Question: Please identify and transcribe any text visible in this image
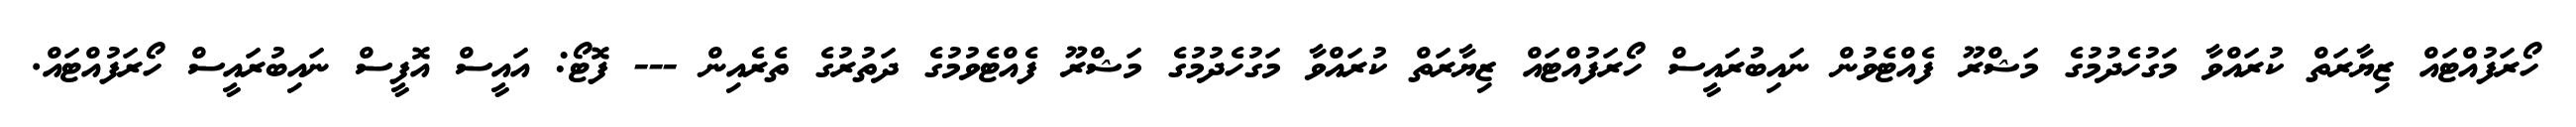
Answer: ހޯރަފުއްޓައް ޒިޔާރަތް ކުރައްވާ މަގުހެދުމުގެ މަޝްރޫ ފެއްޓެވުން ނައިބުރައީސް ހޯރަފުއްޓައް ޒިޔާރަތް ކުރައްވާ މަގުހެދުމުގެ މަޝްރޫ ފެއްޓެވުމުގެ ދަތުރުގެ ތެރެއިން --- ފޮޓޯ: އައީސް އޮފީސް ނައިބުރައީސް ހޯރަފުއްޓައް.